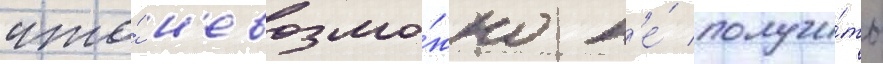
что́ н'евозмо́жно н'е́ получи́ть